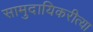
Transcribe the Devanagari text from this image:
सामुदायिकरीत्या